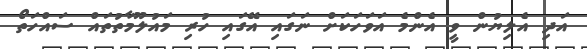
އަދި އެލިޔުން ވީ އެންމެ އަވަހަކަށް ނަގައި އޭގައި ހުރި މައުލޫމާތުތައް ސައްހަތޯ